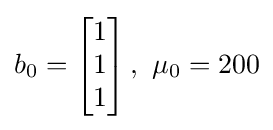
b_{0}=\left[{\begin{matrix}1\\1\\1\\\end{matrix}}\right],~\mu _{0}=200